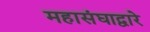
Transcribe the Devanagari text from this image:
महासंघाद्वारे